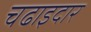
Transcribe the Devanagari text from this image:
चढाइदार